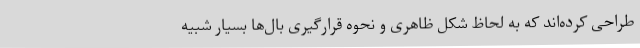
طراحی کرده‌اند که به لحاظ شکل ظاهری و نحوه قرارگیری بال‌ها بسیار شبیه